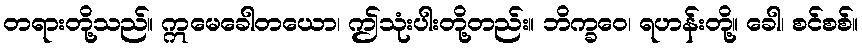
တရားတို့သည်။ ဣမေခေါတယော၊ ဤသုံးပါးတို့တည်း။ ဘိက္ခဝေ၊ ရဟန်းတို့။ ခေါ၊ စင်စစ်။